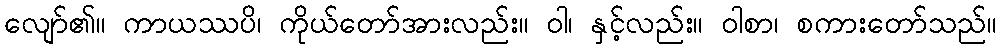
လျော်၏။ ကာယဿပိ၊ ကိုယ်တော်အားလည်း။ ဝါ၊ နှင့်လည်း။ ဝါစာ၊ စကားတော်သည်။